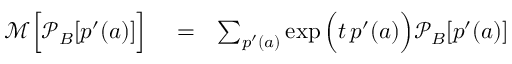
\begin{array} { r l r } { \mathcal { M } \Big [ \mathcal { P } _ { B } [ p ^ { \prime } ( a ) ] \Big ] } & { { } = } & { \sum _ { p ^ { \prime } ( a ) } \exp \Big ( t \, p ^ { \prime } ( a ) \Big ) \mathcal { P } _ { B } [ p ^ { \prime } ( a ) ] } \end{array}